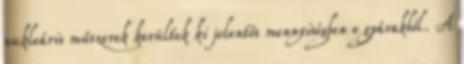
nukleáris műszerek kerültek ki jelentős mennyiségben e gyárakból. A